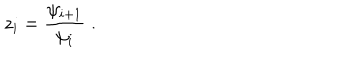
z _ { i } = \frac { \psi _ { i + 1 } } { \psi _ { i } } \; .